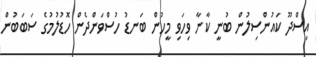
އިސްދޫ ކައުންސިލުން ބުނީ ކާނާ ވިހަވި މީހުން ބަނޑު ހުސްވަންދެން ހޮޑުލުމުގެ ސަބަބުން